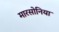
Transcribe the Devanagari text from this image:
मारसोनिया